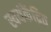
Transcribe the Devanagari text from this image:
स्वयंकेंद्रित